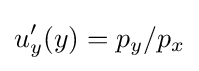
u_{y}'(y)=p_{y}/p_{x}